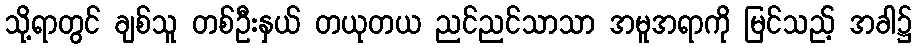
သို့ရာတွင် ချစ်သူ တစ်ဦးနှယ် တယုတယ ညင်ညင်သာသာ အမူအရာကို မြင်သည့် အခါ၌